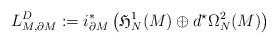
LaTeX: \begin{align*}{L}_{M,\partial M}^D:=i^*_{\partial M}\left(\mathfrak{H}_N^1(M)\oplus d^\star\Omega_N^2(M) \right)\end{align*}